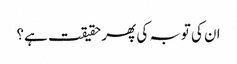
ان کی توبہ کی پھر حقیقت ہے؟